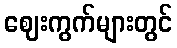
ဈေးကွက်များတွင်